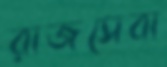
রাজসেবা